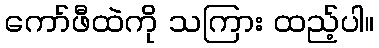
ကော်ဖီထဲကို သကြား ထည့်ပါ။